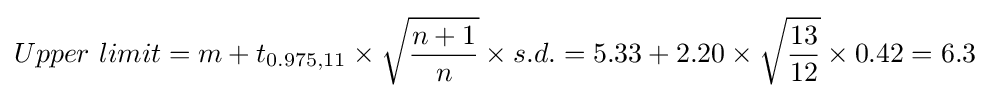
Upper~limit=m+t_{0.975,11}\times {\sqrt {\frac {n+1}{n}}}\times s.d.=5.33+2.20\times {\sqrt {\frac {13}{12}}}\times 0.42=6.3